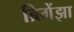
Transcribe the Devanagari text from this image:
ब्रिगेंझा